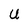
Character: U